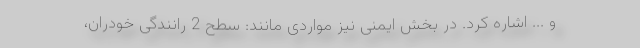
و ... اشاره کرد. در بخش ایمنی نیز مواردی مانند: سطح 2 رانندگی خودران،